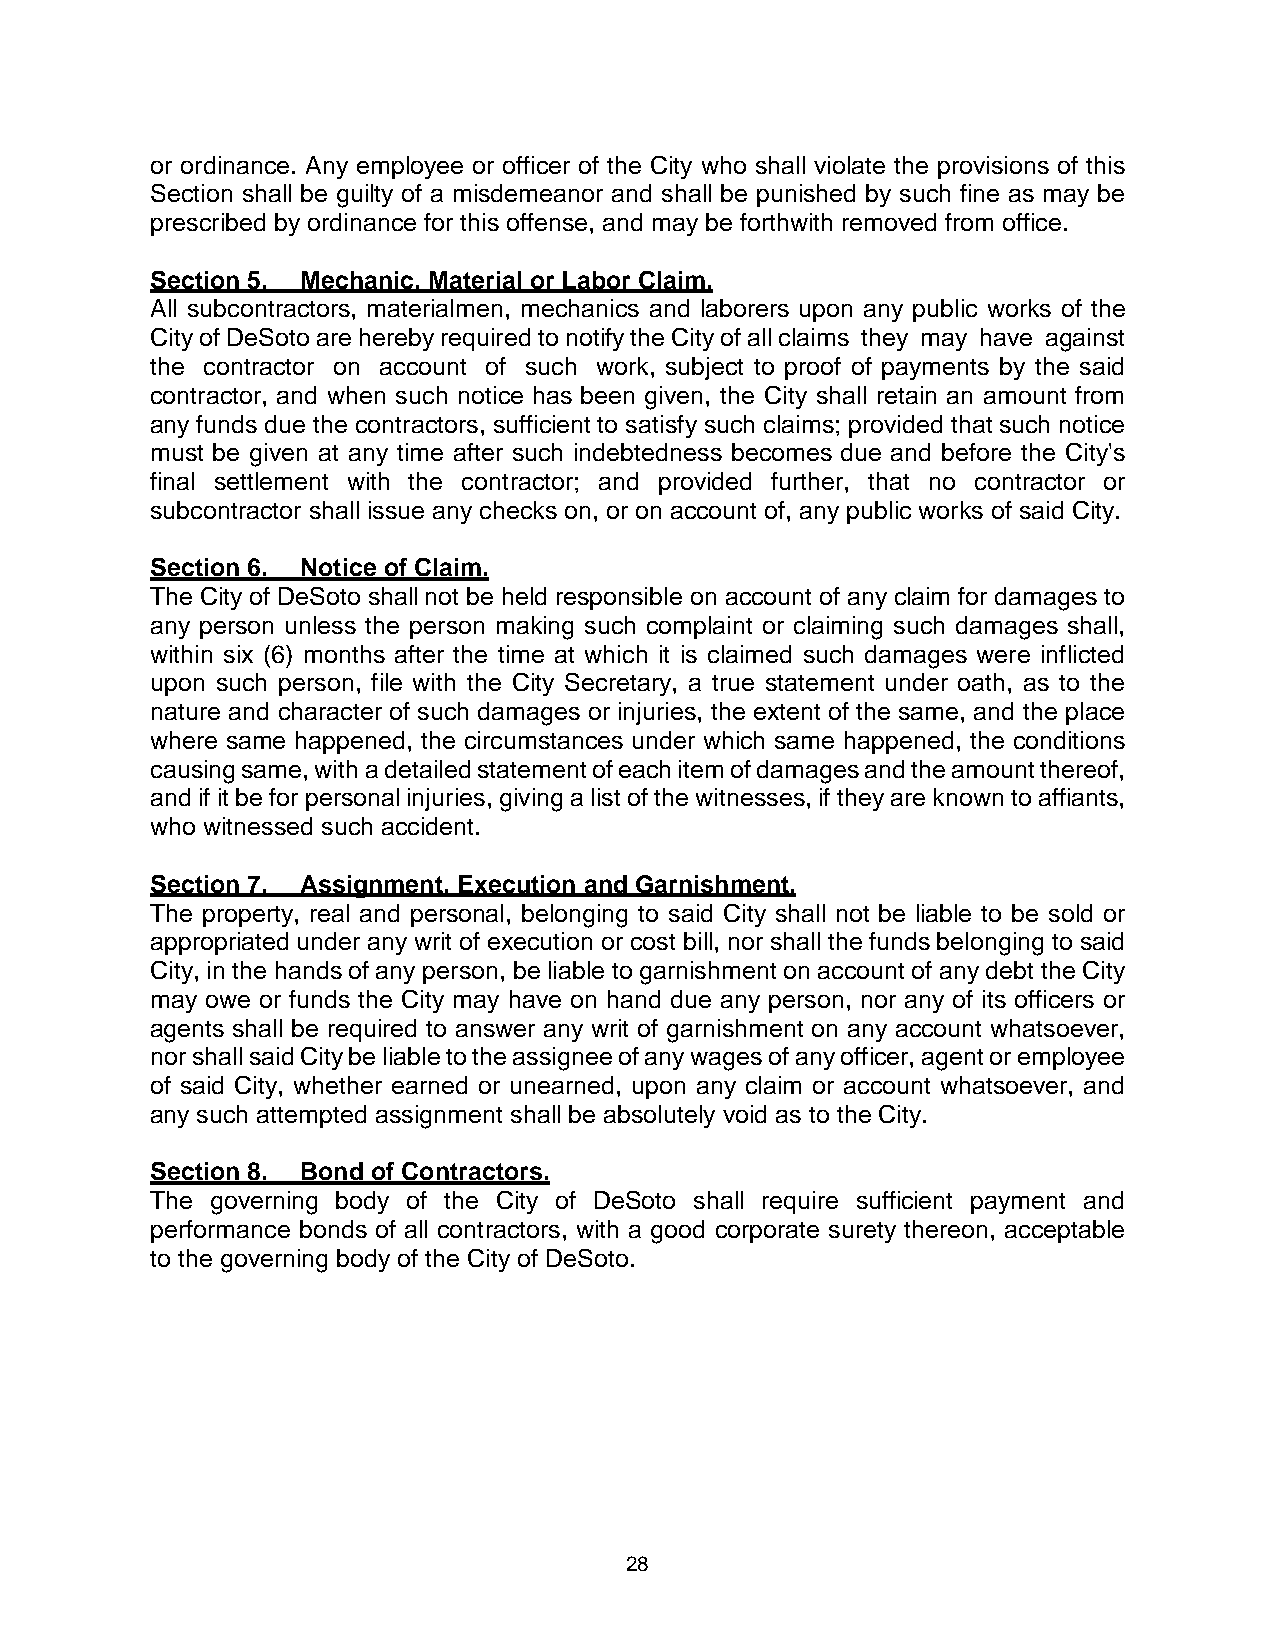
or ordinance. Any employee or officer of the City who shall violate the provisions of this
 Section shall be guilty of a misdemeanor and shall be punished by such fine as may be
 prescribed by ordinance for this offense, and may be forthwith removed from office.
 Section 5. Mechanic, Material or Labor Claim.
 All subcontractors, materialmen, mechanics and laborers upon any public works of the
 City of DeSoto are hereby required to notify the City of all claims they may have against
 the contractor on account of such work, subject to proof of payments by the said
 contractor, and when such notice has been given, the City shall retain an amount from
 any funds due the contractors, sufficient to satisfy such claims; provided that such notice
 must be given at any time after such indebtedness becomes due and before the City's
 final settlement with the contractor; and provided further, that no contractor or
 subcontractor shall issue any checks on, or on account of, any public works of said City.
 Section 6. Notice of Claim.
 The City of DeSoto shall not be held responsible on account of any claim for damages to
 any person unless the person making such complaint or claiming such damages shall,
 within six (6) months after the time at which it is claimed such damages were inflicted
 upon such person, file with the City Secretary, a true statement under oath, as to the
 nature and character of such damages or injuries, the extent of the same, and the place
 where same happened, the circumstances under which same happened, the conditions
 causing same, with a detailed statement of each item of damages and the amount thereof,
 and if it be for personal injuries, giving a list of the witnesses, if they are known to affiants,
 who witnessed such accident.
 Section 7. Assignment, Execution and Garnishment.
 The property, real and personal, belonging to said City shall not be liable to be sold or
 appropriated under any writ of execution or cost bill, nor shall the funds belonging to said
 City, in the hands of any person, be liable to garnishment on account of any debt the City
 may owe or funds the City may have on hand due any person, nor any of its officers or
 agents shall be required to answer any writ of garnishment on any account whatsoever,
 nor shall said City be liable to the assignee of any wages of any officer, agent or employee
 of said City, whether earned or unearned, upon any claim or account whatsoever, and
 any such attempted assignment shall be absolutely void as to the City.
 Section 8. Bond of Contractors.
 The governing body of the City of DeSoto shall require sufficient payment and
 performance bonds of all contractors, with a good corporate surety thereon, acceptable
 to the governing body of the City of DeSoto.
 28